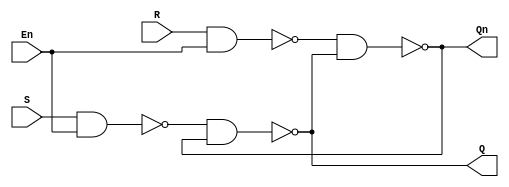
module SR_gated
(
	S,
	R,
	En,
	Q,
	Qn
);

	input S, R, En;
	output Q, Qn;

	wire w1, w2;

	nand nand_0(w1, S, En);
	nand nand_1(w2, R, En);
	nand nand_2(Q, w1, Qn);
	nand nand_3(Qn, w2, Q);

endmodule